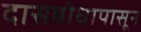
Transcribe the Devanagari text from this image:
दासबोधापासून